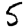
Digit: 5